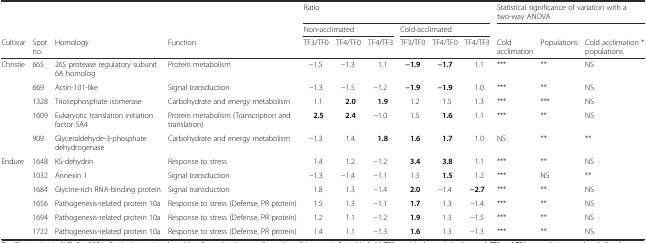
<table><thead><tr><td></td><td></td><td></td><td></td><td colspan="6"><b>Ratio</b></td><td colspan="3"><b>Statistical significance of variation with a two-way ANOVA</b></td></tr><tr><td></td><td></td><td></td><td></td><td colspan="3"><b>Non-acclimated</b></td><td colspan="3"><b>Cold-acclimated</b></td><td></td><td></td><td></td></tr><tr><td><b>Cultivar</b></td><td><b>Spot no.</b></td><td><b>Homology</b></td><td><b>Function</b></td><td><b>TF3/TF0</b></td><td><b>TF4/TF0</b></td><td><b>TF4/TF3</b></td><td><b>TF3/TF0</b></td><td><b>TF4/TF0</b></td><td><b>TF4/TF3</b></td><td><b>Cold acclimation</b></td><td><b>Populations</b></td><td><b>Cold acclimation * populations</b></td></tr></thead><tbody><tr><td rowspan="5">Christie</td><td>665</td><td>26S protease regulatory subunit 6A homolog</td><td>Protein metabolism</td><td>−1.5</td><td>−1.3</td><td>1.1</td><td><b>−1.9</b></td><td><b>−1.7</b></td><td>1.1</td><td>***</td><td>**</td><td>NS</td></tr><tr><td>669</td><td>Actin-101-like</td><td>Signal transduction</td><td>−1.3</td><td>−1.5</td><td>−1.2</td><td><b>−1.9</b></td><td><b>−1.9</b></td><td>1.0</td><td>***</td><td>**</td><td>NS</td></tr><tr><td>1328</td><td>Triosephosphate isomerase</td><td>Carbohydrate and energy metabolism</td><td>1.1</td><td><b>2.0</b></td><td><b>1.9</b></td><td>1.2</td><td>1.5</td><td>1.3</td><td>***</td><td>***</td><td>NS</td></tr><tr><td>1609</td><td>Eukaryotic translation initiation factor 5A4</td><td>Protein metabolism (Transcription and translation)</td><td><b>2.5</b></td><td><b>2.4</b></td><td>−1.0</td><td>1.5</td><td><b>1.6</b></td><td>1.1</td><td>***</td><td>**</td><td>NS</td></tr><tr><td>909</td><td>Glyceraldehyde-3-phosphate dehydrogenase</td><td>Carbohydrate and energy metabolism</td><td>−1.3</td><td>1.4</td><td><b>1.8</b></td><td><b>1.6</b></td><td><b>1.7</b></td><td>1.0</td><td>NS</td><td>**</td><td>**</td></tr><tr><td rowspan="6">Endure</td><td>1648</td><td>KS-dehydrin</td><td>Response to stress</td><td>1.4</td><td>1.2</td><td>−1.2</td><td><b>3.4</b></td><td><b>3.8</b></td><td>1.1</td><td>***</td><td>**</td><td>NS</td></tr><tr><td>1032</td><td>Annexin 1</td><td>Signal transduction</td><td>−1.3</td><td>−1.4</td><td>−1.1</td><td>1.3</td><td><b>1.5</b></td><td>1.2</td><td>***</td><td>NS</td><td>**</td></tr><tr><td>1684</td><td>Glycine-rich RNA-binding protein</td><td>Signal transduction</td><td>1.8</td><td>1.3</td><td>−1.4</td><td><b>2.0</b></td><td>−1.4</td><td><b>−2.7</b></td><td>***</td><td>**</td><td>NS</td></tr><tr><td>1656</td><td>Pathogenesis-related protein 10a</td><td>Response to stress (Defense, PR protein)</td><td>1.5</td><td>1.3</td><td>−1.1</td><td><b>1.7</b></td><td>1.3</td><td>−1.4</td><td>***</td><td>**</td><td>NS</td></tr><tr><td>1694</td><td>Pathogenesis-related protein 10a</td><td>Response to stress (Defense, PR protein)</td><td>1.2</td><td>1.1</td><td>−1.2</td><td><b>1.9</b></td><td>1.3</td><td>−1.5</td><td>***</td><td>**</td><td>NS</td></tr><tr><td>1722</td><td>Pathogenesis-related protein 10a</td><td>Response to stress (Defense, PR protein)</td><td>1.4</td><td>1.1</td><td>−1.3</td><td><b>1.6</b></td><td>1.3</td><td>−1.3</td><td>***</td><td>**</td><td>NS</td></tr></tbody></table>